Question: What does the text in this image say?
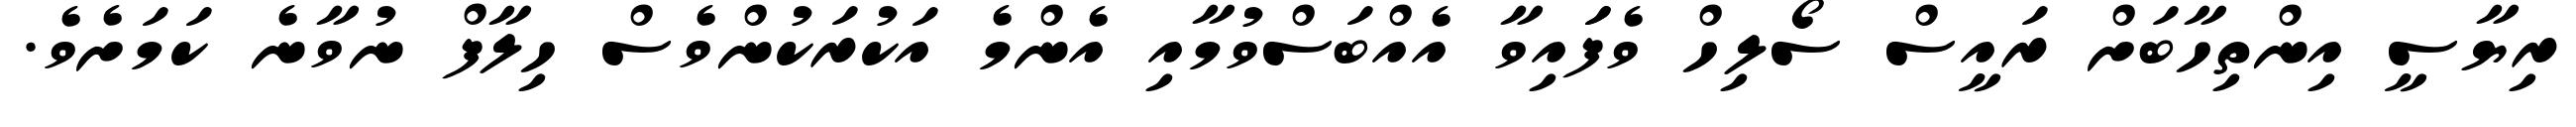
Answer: ރިޔާސީ އިންތިހާބަށް ރައީސް ސޯލިހް ވެފަައިވާ އެއްބަސްވުމާއި އެންމެ އަކުރަކުންވެސް ހިލާފް ނުވާނެ ކަމަށެވެ.